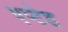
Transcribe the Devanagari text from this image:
एप्टेड